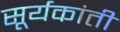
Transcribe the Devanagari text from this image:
सूर्यकांती